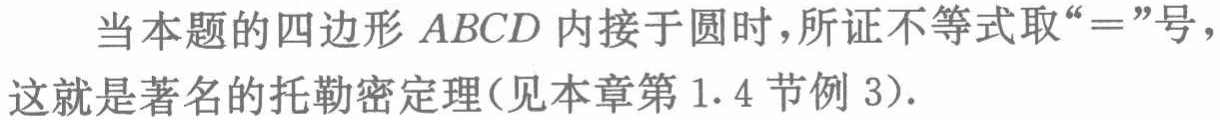
当本题的四边形 \(ABCD\) 内接于圆时，所证不等式取“\(=\)”号，这就是著名的托勒密定理(见本章第1.4节例3)．